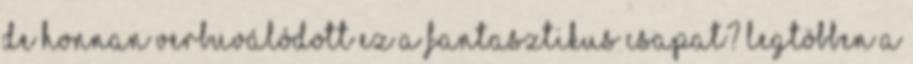
De honnan verbuválódott ez a fantasztikus csapat? Legtöbben a